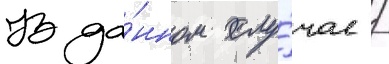
В да́нном слу́чае /